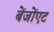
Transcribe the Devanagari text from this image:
बेंजोंएट